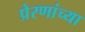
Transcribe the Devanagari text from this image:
प्रेरणांच्या